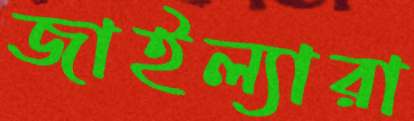
জাইল্যারা